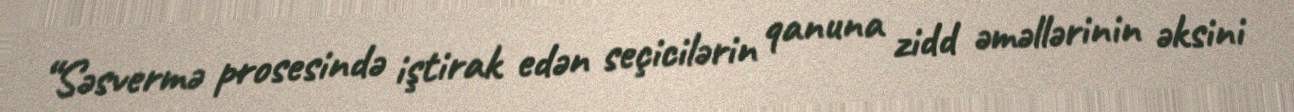
“Səsvermə prosesində iştirak edən seçicilərin qanuna zidd əməllərinin əksini